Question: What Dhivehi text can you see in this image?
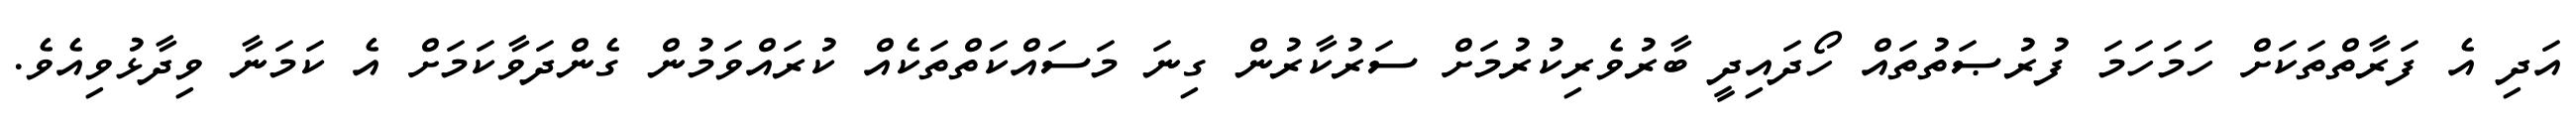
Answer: އަދި އެ ފަރާތްތަކަށް ހަމަހަމަ ފުރުޞަތުތައް ހޯދައިދީ ބާރުވެރިކުރުމަށް ސަރުކާރުން ގިނަ މަސައްކަތްތަކެއް ކުރައްވަމުން ގެންދަވާކަމަށް އެ ކަމަނާ ވިދާޅުވިއެވެ.